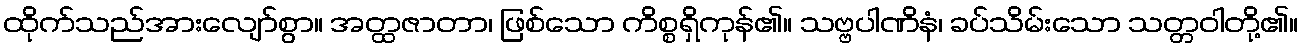
ထိုက်သည်အားလျော်စွာ။ အတ္ထဇာတာ၊ ဖြစ်သော ကိစ္စရှိကုန်၏။ သဗ္ဗပါဏိနံ၊ ခပ်သိမ်းသော သတ္တဝါတို့၏။